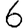
Digit: 6